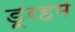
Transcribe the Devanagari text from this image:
डूरहम